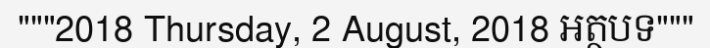
"""2018 Thursday, 2 August, 2018 អត្ថបទ"""